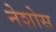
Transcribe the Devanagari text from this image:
नेशोस